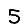
Digit: 5